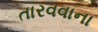
તારવવાના